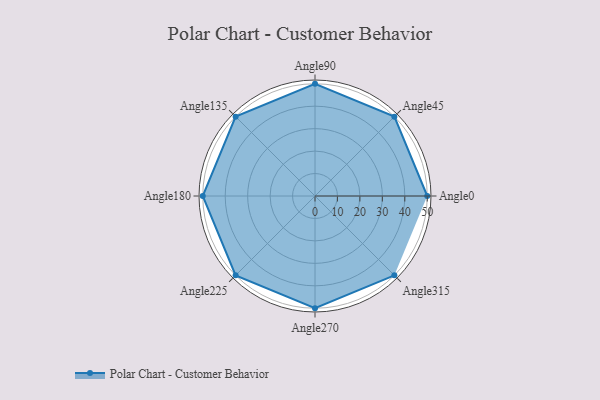
{"axis": {"x": "Angle", "y": "Radius"}, "legend": [""], "data": [{"x": "Angle0", "y": 50, "type": ""}, {"x": "Angle45", "y": 50, "type": ""}, {"x": "Angle90", "y": 50, "type": ""}, {"x": "Angle135", "y": 50, "type": ""}, {"x": "Angle180", "y": 50, "type": ""}, {"x": "Angle225", "y": 50, "type": ""}, {"x": "Angle270", "y": 50, "type": ""}, {"x": "Angle315", "y": 50, "type": ""}]}